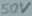
Text: 50V